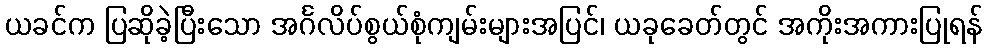
ယခင်က ပြဆိုခဲ့ပြီးသော အင်္ဂလိပ်စွယ်စုံကျမ်းများအပြင်၊ ယခုခေတ်တွင် အကိုးအကားပြုရန်